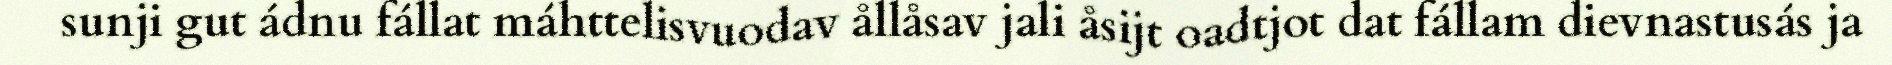
sunji gut ádnu fállat máhttelisvuodav ållåsav jali åsijt oadtjot dat fállam dievnastusás ja